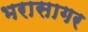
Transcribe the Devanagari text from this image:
भरासागर